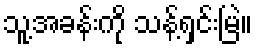
သူ့အခန်းကို သန့်ရှင်းမြဲ။